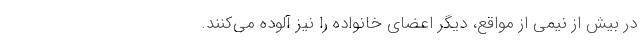
در بیش از نیمی از مواقع، دیگر اعضای خانواده را نیز آلوده می‌کنند.